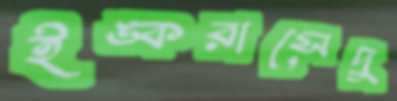
ইঙ্করাসেদু